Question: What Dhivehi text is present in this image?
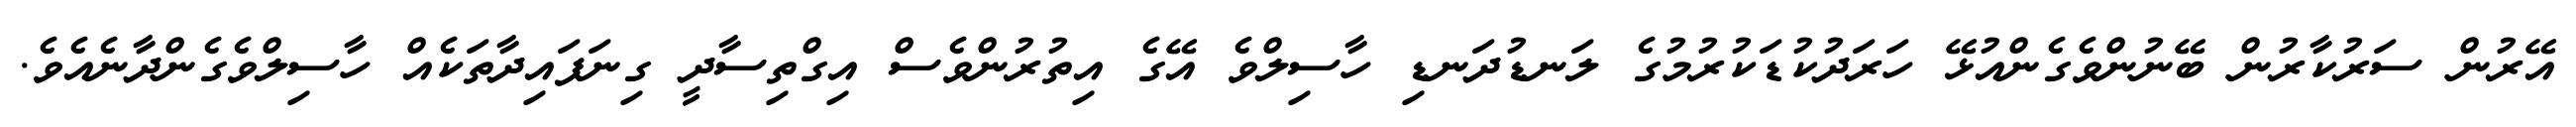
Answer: އޭރުން ސަރުކާރުން ބޭނުންވެގެންއުޅޭ ހަރަދުކުޑަކުރުމުގެ ލަނޑުދަނޑި ހާސިލްވެ އޭގެ އިތުރުންވެސް އިގްތިސާދީ ގިނަފައިދާތަކެއް ހާސިލްވެގެންދާނެއެވެ.